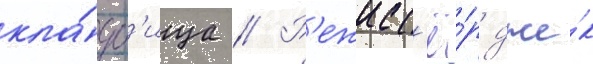
кла́дб'ища // Р'ежисс'ё́р дже́к